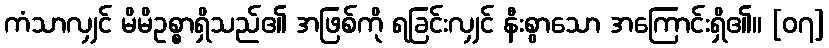
ကံသာလျှင် မိမိဥစ္စာရှိသည်၏ အဖြစ်ကို ရခြင်းလျှင် နီးစွာသော အကြောင်းရှိ၏။ [၀၇]